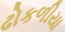
ઢોકળીયા